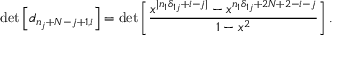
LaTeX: \operatorname * { d e t } \left[ d _ { n _ { j } + N - j + 1 , i } \right] = \operatorname * { d e t } \left[ \frac { x ^ { | n _ { 1 } \delta _ { 1 j } + i - j | } - x ^ { n _ { 1 } \delta _ { 1 j } + 2 N + 2 - i - j } } { 1 - x ^ { 2 } } \right] .